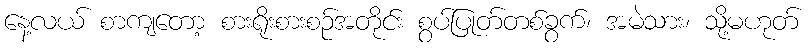
နေ့လယ် စာကျတော့ စားရိုးစားစဉ်အတိုင်း စွပ်ပြုတ်တစ်ခွက်၊ အမဲသား၊ သို့မဟုတ်